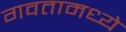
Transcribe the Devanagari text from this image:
गवतामध्ये